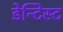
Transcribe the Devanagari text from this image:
डेन्टिस्ट